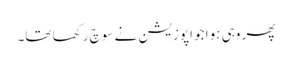
پھر وہی ہوا جو اپوزیشن نے سوچ رکھا تھا۔